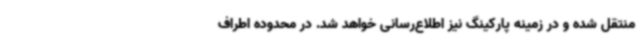
منتقل شده و در زمینه پارکینگ نیز اطلاع‌رسانی خواهد شد. در محدوده اطراف